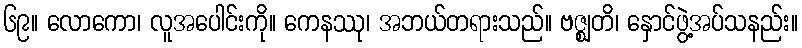
၆၉။ လောကော၊ လူအပေါင်းကို။ ကေနဿု၊ အဘယ်တရားသည်။ ဗဇ္ဈတိ၊ နှောင်ဖွဲ့အပ်သနည်း။